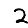
Digit: 2